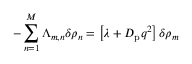
- \sum _ { n = 1 } ^ { M } \Lambda _ { m , n } \delta \rho _ { n } = \left[ \lambda + D _ { \mathrm { p } } q ^ { 2 } \right] \delta \rho _ { m }